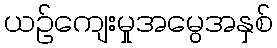
ယဉ်ကျေးမှုအမွေအနှစ်